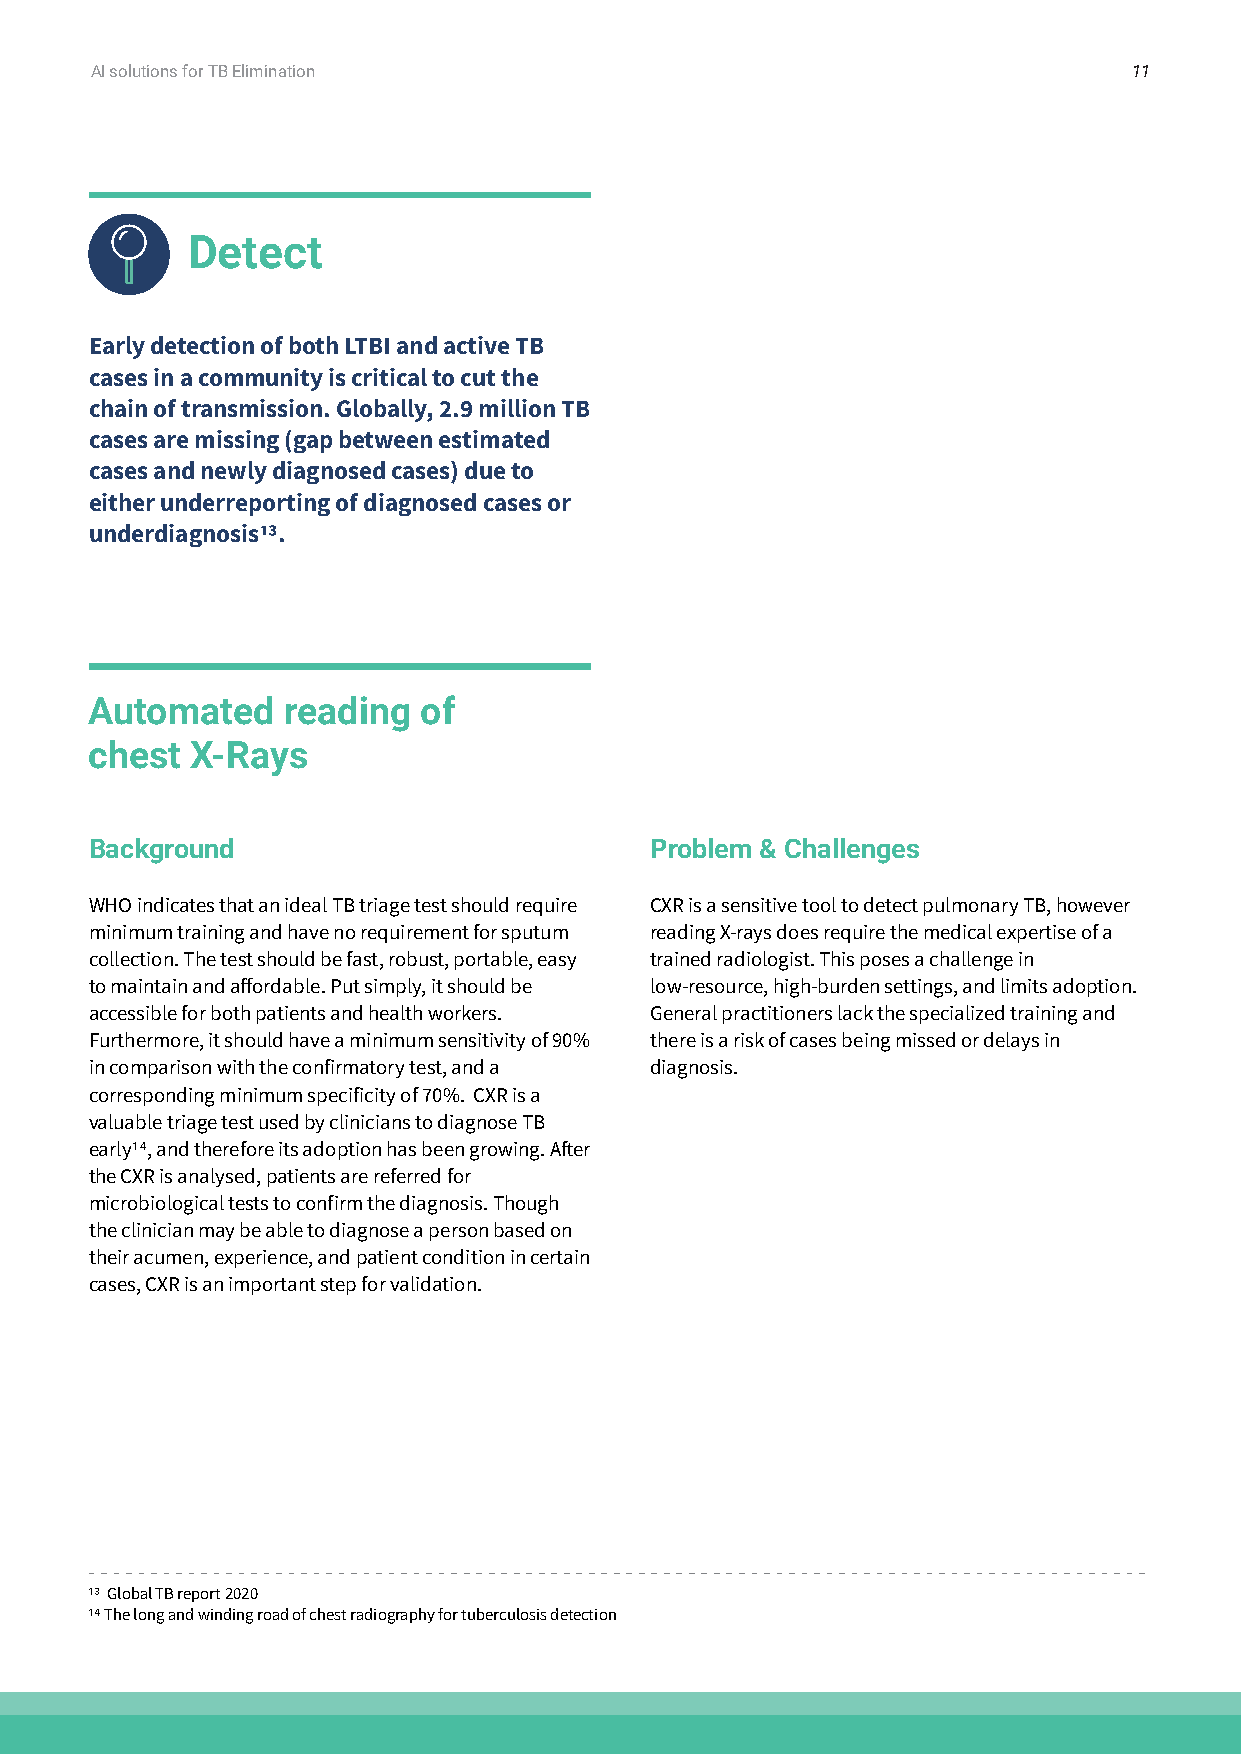
AI solutions for TB Elimination                                      11
 Detect
 Early detection of both LTBI and active TB
 cases in a community is critical to cut the
 chain of transmission. Globally, 2.9 million TB
 cases are missing (gap between estimated
 cases and newly diagnosed cases) due to
 either underreporting of diagnosed cases or
 underdiagnosis13.
 Automated    reading  of
 chest  X-Rays
 Background                           Problem & Challenges
 WHO indicates that an ideal TB triage test should require CXR is a sensitive tool to detect pulmonary TB, however
 minimum training and have no requirement for sputum reading X-rays does require the medical expertise of a
 collection. The test should be fast, robust, portable, easy trained radiologist. This poses a challenge in
 to maintain and affordable. Put simply, it should be low-resource, high-burden settings, and limits adoption.
 accessible for both patients and health workers. General practitioners lack the specialized training and
 Furthermore, it should have a minimum sensitivity of 90% there is a risk of cases being missed or delays in
 in comparison with the confirmatory test, and a diagnosis.
 corresponding minimum specificity of 70%. CXR is a
 valuable triage test used by clinicians to diagnose TB
 early14, and therefore its adoption has been growing. After
 the CXR is analysed, patients are referred for
 microbiological tests to confirm the diagnosis. Though
 the clinician may be able to diagnose a person based on
 their acumen, experience, and patient condition in certain
 cases, CXR is an important step for validation.
 13 Global TB report 2020
 14 The long and winding road of chest radiography for tuberculosis detection